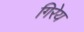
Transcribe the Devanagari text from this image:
गिरेय